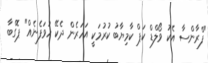
"ފްރާންސާ އެކު ވޯލްޑް ކަޕް ކާމިޔާބު ކުރުމަކީ އަހަރެން ދެކޭ ހުވަފެނެއް" ޕޮގްބާ